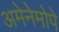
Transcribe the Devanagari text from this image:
अमेनेमोपे